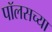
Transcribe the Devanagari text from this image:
पॉलसच्या